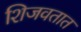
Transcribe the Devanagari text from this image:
शिजवतात